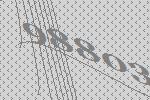
98803